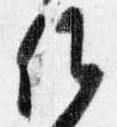
候